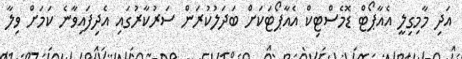
އަދި މާމިގިލީ އެއާޕޯޓް ޑޮމެސްޓިކް އެއާޕޯޓަކަށް ބަދަލުކުރަން ސަރުކާރުގައި އެދިފައިވާނެ ކަމަށް ވިލާ